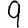
Digit: 9